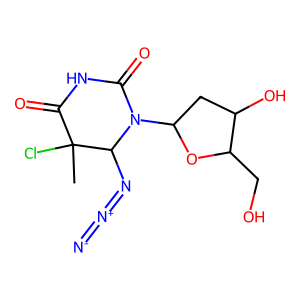
SMILES: CC1(Cl)C(=O)NC(=O)N(C2CC(O)C(CO)O2)C1N=[N+]=[N-]
Inhibits HIV replication: No